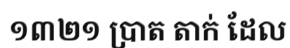
១៣២១ ប្រាត តាក់ ដែល